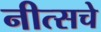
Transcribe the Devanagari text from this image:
नीत्सचे